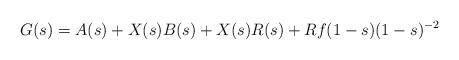
LaTeX: \begin{align*} G(s)=A(s)+X(s)B(s)+X(s)R(s)+Rf(1-s)(1-s)^{-2} \end{align*}